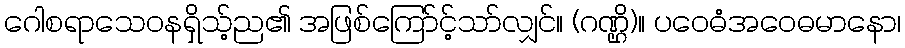
ဂေါစရာသေဝနရှိသ့်ည၏ အဖြစ်ကြော်င့်သာ်လျှင်။ (ဂဏ္ဌိ)။ ပဝေဓံအဝေဓမာနော၊